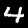
Label: 4